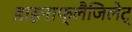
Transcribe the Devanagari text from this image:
डाइनाफ्लैजिलेट्